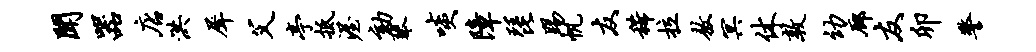
闻器店洪犀父亭抵渥劾琴啖障琵踢帆友稀拉敖冥休敦幼廊友卯警